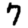
Digit: 7